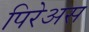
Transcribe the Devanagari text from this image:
पिरेअस